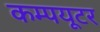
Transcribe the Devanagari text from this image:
कम्‍पयूटर